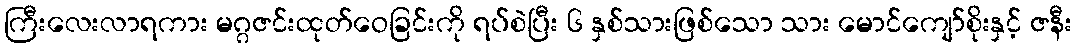
ကြီးလေးလာရကား မဂ္ဂဇင်းထုတ်ဝေခြင်းကို ရပ်စဲပြီး ၆ နှစ်သားဖြစ်သော သား မောင်ကျော်စိုးနှင့် ဇနီး